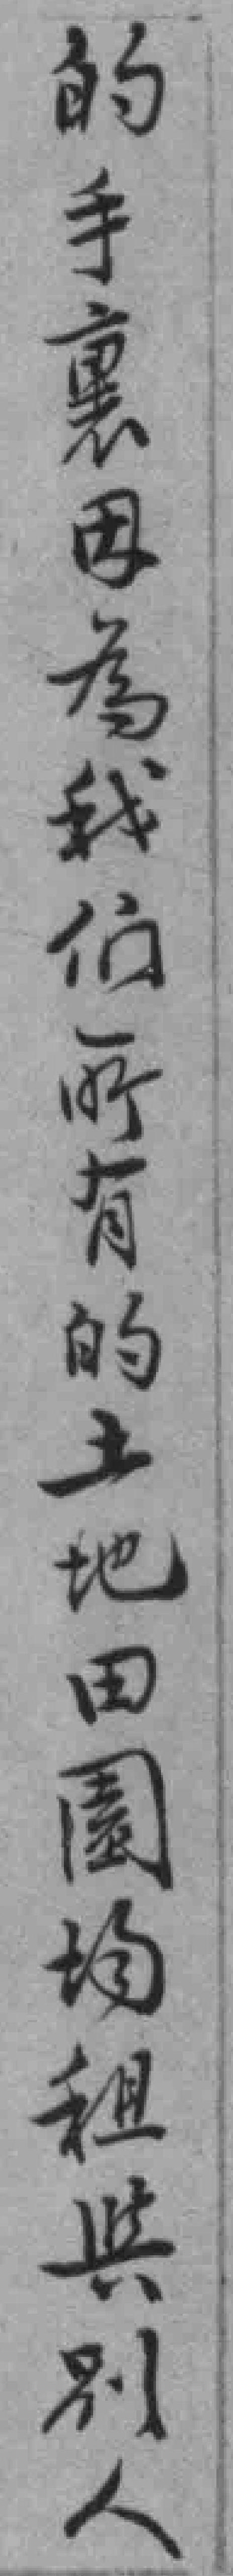
的手裏因為我们所有的土地田園均租舆別人